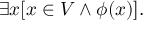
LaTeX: \exists x [ x \in V \land \phi ( x ) ] .